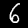
Label: 6